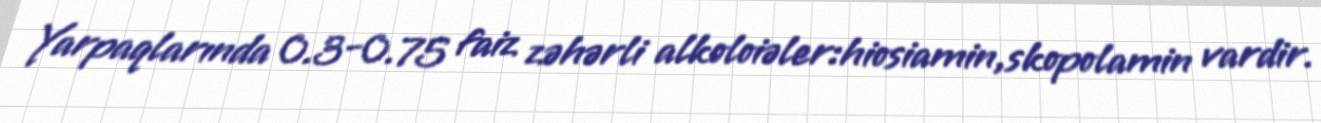
Yarpaqlarında 0.3-0.75 faiz zəhərli alkoloiəler:hiosiamin,skopolamin vardir.